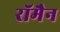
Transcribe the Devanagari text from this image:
रॉमैन